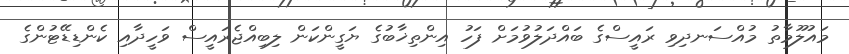
މައުލޫމާތު މުއްސަނދިވި ރައީސްގެ ބައްދަލުވުމަށް ފަހު އިންތިޚާބުގެ ޔަގީންކަން ލިބިއްޖެރައީސް ވަހީދާއި ކެންޑިޑޭޓުންގެ